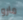
مارو